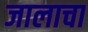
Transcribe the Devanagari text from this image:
जालाचा